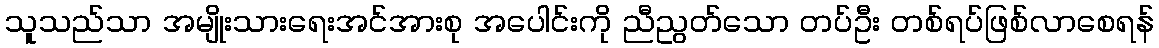
သူသည်သာ အမျိုးသားရေးအင်အားစု အပေါင်းကို ညီညွတ်သော တပ်ဦး တစ်ရပ်ဖြစ်လာစေရန်